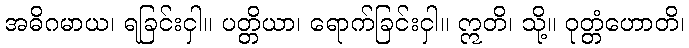
အဓိဂမာယ၊ ရခြင်းငှါ။ ပတ္တိယာ၊ ရောက်ခြင်းငှါ။ ဣတိ၊ သို့။ ဝုတ္တံဟောတိ၊